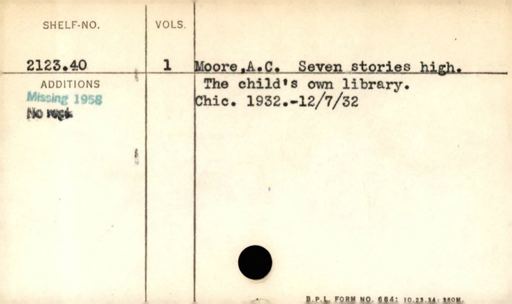
Label: content